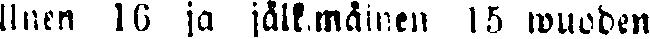
llnen 16 ja jälkimmäinen 15 wuoden